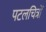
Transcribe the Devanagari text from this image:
पटलचित्रों